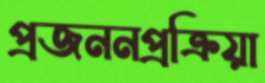
প্রজননপ্রক্রিয়া